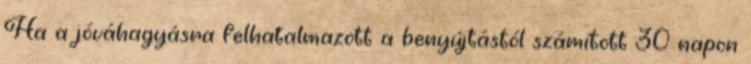
Ha a jóváhagyásra felhatalmazott a benyújtástól számított 30 napon